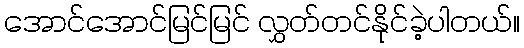
အောင်အောင်မြင်မြင် လွှတ်တင်နိုင်ခဲ့ပါတယ်။